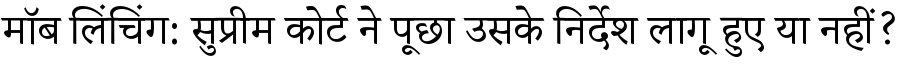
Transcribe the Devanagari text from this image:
मॉब लिंचिंग: सुप्रीम कोर्ट ने पूछा उसके निर्देश लागू हुए या नहीं?